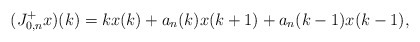
\begin{align*}(J_{0,n}^+x)(k)=kx(k)+a_n(k)x(k+1)+a_n(k-1)x(k-1), \end{align*}